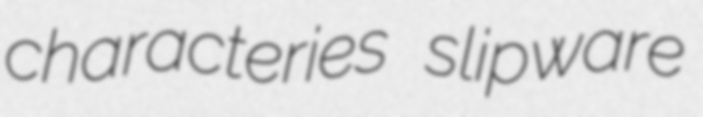
characteries slipware